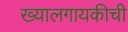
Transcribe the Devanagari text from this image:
ख्यालगायकीची